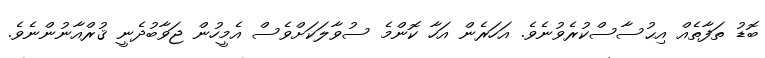
ބޮޑު ތަފާތެއް އިޙުސާސްކުރެވުނެވެ. އަހަރެން އަހާ ކޮންމެ ސުވާލަކަށްވެސް އެމީހުން ޖަވާބުދެނީ ޤުރްއާނުންނެވެ.